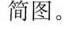
简图。